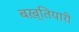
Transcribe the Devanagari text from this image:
बख़्तियारी